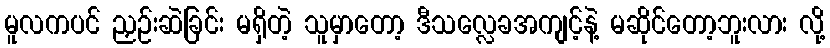
မူလကပင် ညှဉ်းဆဲခြင်း မရှိတဲ့ သူမှာတော့ ဒီသလ္လေခအကျင့်နဲ့ မဆိုင်တော့ဘူးလား လို့